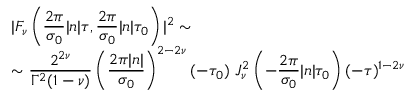
\begin{array} { l } { { { \displaystyle | F _ { \nu } \left( \frac { 2 \pi } { \sigma _ { 0 } } | n | \tau , \frac { 2 \pi } { \sigma _ { 0 } } | n | \tau _ { 0 } \right) | ^ { 2 } \sim } } } \\ { { \sim { \displaystyle \frac { 2 ^ { 2 \nu } } { \Gamma ^ { 2 } ( 1 - \nu ) } \left( \frac { 2 \pi | n | } { \sigma _ { 0 } } \right) ^ { 2 - 2 \nu } ( - \tau _ { 0 } ) ~ J _ { \nu } ^ { 2 } \left( - \frac { 2 \pi } { \sigma _ { 0 } } | n | \tau _ { 0 } \right) ( - \tau ) ^ { 1 - 2 \nu } } } } \end{array}